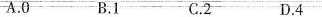
A.0 B.1 C.2 D.4